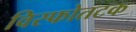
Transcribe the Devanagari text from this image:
विस्फोतटक